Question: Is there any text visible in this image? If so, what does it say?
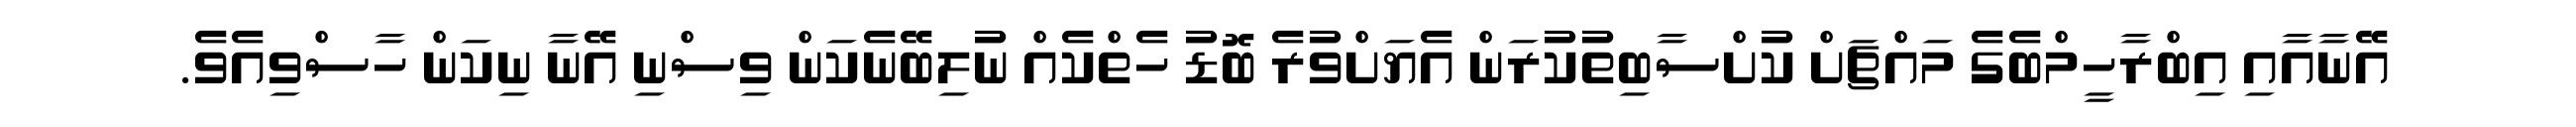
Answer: އޭނާއާއި އިބްރާހީމްބެގެ މައްޗަށް ކުށްސާބިތުކުރަން އެޔަށްވުރެ ބޮޑު ހެތްކެއް ނުލިބޭނެކަން ވިސްނި އޭނާ ނިކަން ހާސްވިއެވެ.